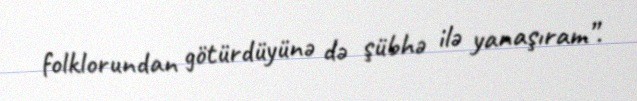
folklorundan götürdüyünə də şübhə ilə yanaşıram”.